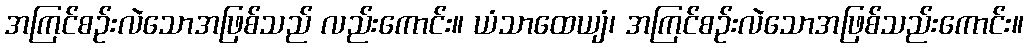
အကြင်စဉ်းလဲသောအဖြစ်သည် လည်းကောင်း။ ယံသာထေယျံ၊ အကြင်စဉ်းလဲသောအဖြစ်သည်းကောင်း။